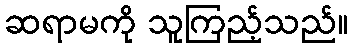
ဆရာမကို သူကြည့်သည်။